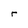
Character: r